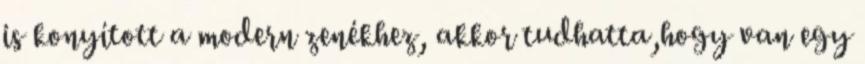
is konyított a modern zenékhez, akkor tudhatta,hogy van egy